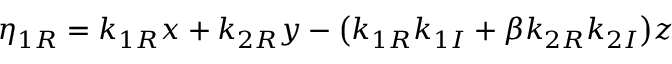
\eta _ { 1 R } = k _ { 1 R } x + k _ { 2 R } y - \big ( k _ { 1 R } k _ { 1 I } + \beta k _ { 2 R } k _ { 2 I } \big ) z